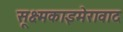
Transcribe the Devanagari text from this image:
सूक्ष्मकाइमेरावाद